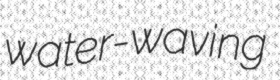
water-waving